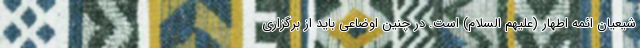
شیعیان ائمه اطهار (علیهم السلام) است. در چنین اوضاعی باید از برگزاری